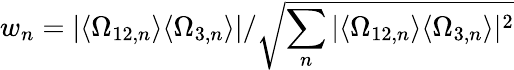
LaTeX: w_{n}=\vert\langle\Omega_{12,n}\rangle\langle\Omega_{3,n}\rangle\vert/\sqrt{\sum_{n}\vert\langle\Omega_{12,n}\rangle\langle\Omega_{3,n}\rangle\vert^{2}}